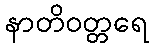
နာတိဝတ္တရေ